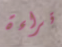
قراءة